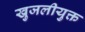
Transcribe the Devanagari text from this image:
खुजलीयुक्त